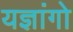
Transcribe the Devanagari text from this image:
यज्ञांगो